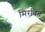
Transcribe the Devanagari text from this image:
मिरवित